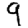
Digit: 9